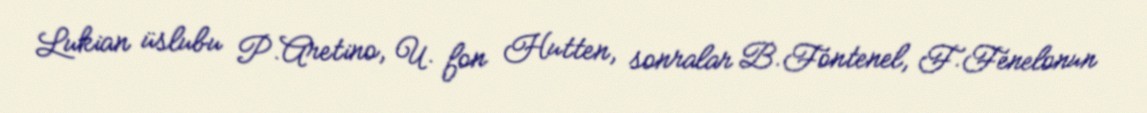
Lukian üslubu P.Aretino, U. fon Hutten, sonralar B.Fontenel, F.Fenelonun